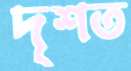
দৃশত